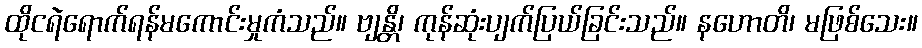
ထိုငရဲရောက်ရန်မကောင်းမှုကံသည်။ ဗျန္တိ၊ ကုန်ဆုံးပျက်ပြယ်ခြင်းသည်။ နဟောတိ၊ မဖြစ်သေး။